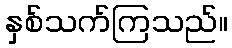
နှစ်သက်ကြသည်။